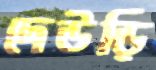
দেউড়ি